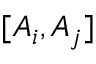
[ A _ { i } , A _ { j } ]